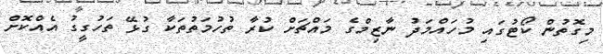
މިގޮތުން ކޯޓުގައި މުހައްމަދު ނާޒިމްގެ މައްޗަށް ކުރާ ތުހުމަތުތަކާ ގުޅޭ ތަހުގީގު އެއްކޮށް